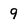
Character: 9